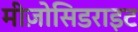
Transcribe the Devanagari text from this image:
मीज़ोसिडराइट